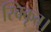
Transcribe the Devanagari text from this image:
स्विकृत।